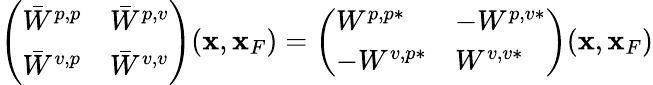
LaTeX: \begin{array}{r}{\left(\begin{array}{ll}{\bar{W}^{p,p}}&{\bar{W}^{p,v}}\\ {\bar{W}^{v,p}}&{\bar{W}^{v,v}}\end{array}\right)({\mathbf x},{\mathbf x}_{F})=\left(\begin{array}{ll}{W^{p,p*}}&{-W^{p,v*}}\\ {-W^{v,p*}}&{W^{v,v*}}\end{array}\right)({\mathbf x},{\mathbf x}_{F})}\end{array}